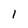
Character: 1